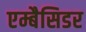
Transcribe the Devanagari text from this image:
एम्बैसिडर